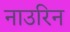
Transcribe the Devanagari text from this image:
नाउरिन